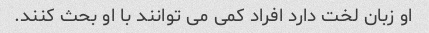
او زبان لخت دارد افراد کمی می توانند با او بحث کنند.